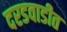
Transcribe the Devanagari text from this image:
दरडवाडीत